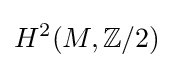
H^{2}(M,\mathbb {Z} /2)